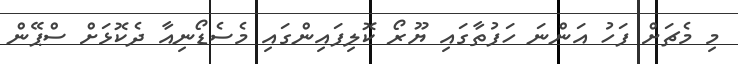
މި މެޗަށް ފަހު އަންނަ ހަފުތާގައި ޔޫރޯ ކޮލިފައިންގައި މެސެޑޯނިއާ ދެކޮޅަށް ސްޕޭން